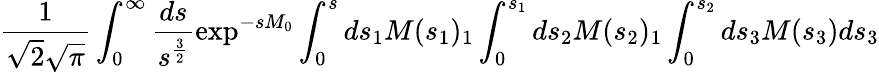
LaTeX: \frac{1}{\sqrt{2}\sqrt{\pi}}\int_{0}^{\infty}\frac{ds}{s^{\frac{3}{2}}}\exp^{-sM_{0}}\int_{0}^{s}ds_{1}M(s_{1})_{1}\int_{0}^{s_{1}}ds_{2}M(s_{2})_{1}\int_{0}^{s_{2}}ds_{3}M(s_{3})ds_{3}